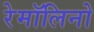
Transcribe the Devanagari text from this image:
रेमॉलिनो